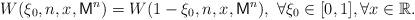
LaTeX: \begin{align*}W(\xi_0,n,x,\mathsf{M}^n)=W(1-\xi_0,n,x,\mathsf{M}^n), ~\forall \xi_0\in [0,1], \forall x\in\mathbb{R}.\end{align*}